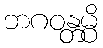
ဘဂဝန္တမ္ပိ